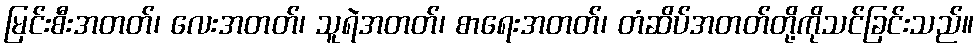
မြင်းစီးအတတ်၊ လေးအတတ်၊ သူရဲအတတ်၊ စာရေးအတတ်၊ တံဆိပ်အတတ်တို့ကိုသင်ခြင်းသည်။